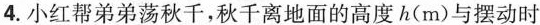
4.小红帮弟弟荡秋千，秋千离地面的高度h(m)与摆动时